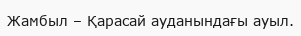
Жамбыл – Қарасай ауданындағы ауыл.